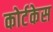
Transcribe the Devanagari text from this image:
कोर्टकेस